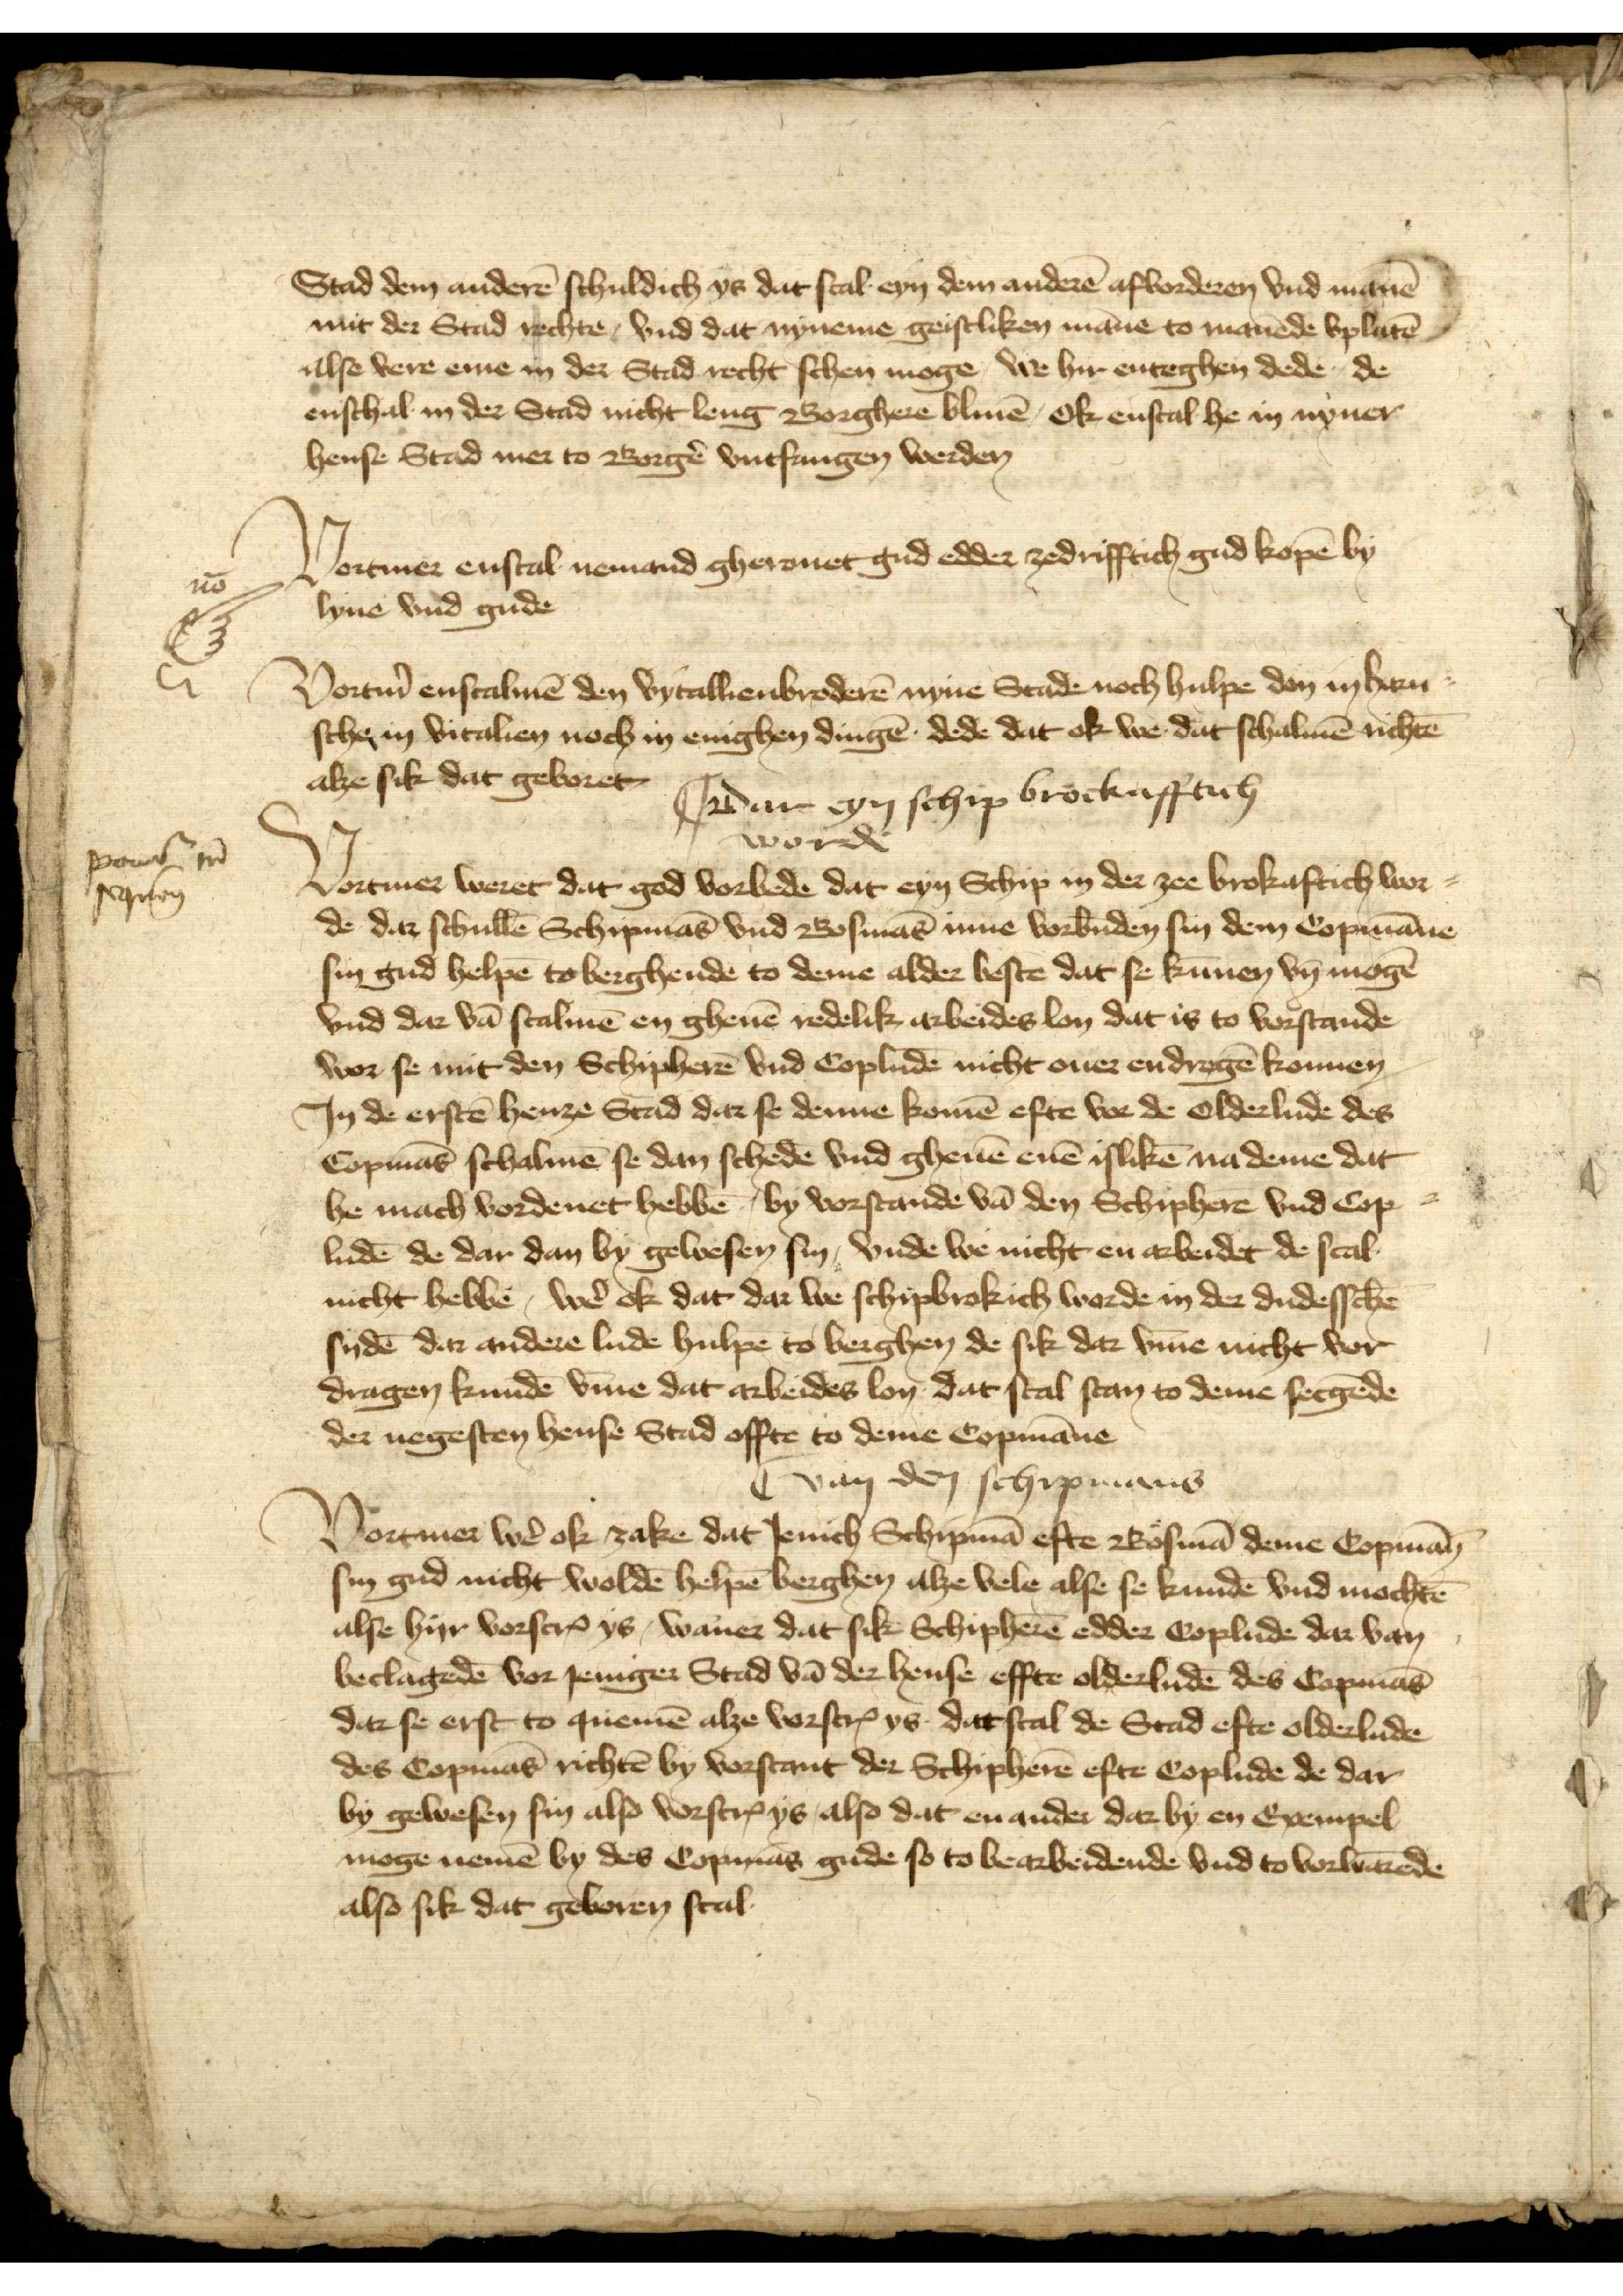
Stad dem anderē schuldich ys dat scal eyn dem anderē afvorderen vnd manē
mit der Stad rechte, vnd dat nyneme gestliken māne to manēde vplatē
alse vere eme in der Stad recht schen mogge, we hir enteghen dede, de
enschal in der Stad nicht leng Borgheren bliuē, Ok enscal he in nyner
hense Stad mer to Borgẻ vntfangen werden

Vortmer enscal nemand gherouet gud edder zedrifftich gud kopē by
lyue vnd gude
hense Stad mer to Borgẻ vntfangen werden

nō

Vortm̉ enscalmē den vytallienbroderē nyne Stade noch hulpe don in harn¬
sche in vitalien noch in enighen dingē dede dat ok we dat schalme richtē
alze sik dat geboret

dar eyn Schip brockafftich
worde

Vortmer weret dat god vorbede dat eyn Schip in der zee brokaftich wor¬
de dar schullē Schipmās vnd Bosmās inne vorbūden sin dem Copmāne
sin gud helpē to berghende to deme alder bestē dat se kūnen vn̄ mogē
vnd dar vā scalmē en gheuē reddelik arbeides lon dat is to vorstande
wor se mit den Schipherē vnd Copludē nicht ouer eendragē konnen
Jn de erstē henze Stad dar se denne komē efte we de olderlude des
Copmās schalmē se dan schedē vnd gheuē enē islikē na deme dat
he mach vordenet hebbē by vorstande vā den Schipherē vnd Cop¬
ludē de dar dan by gewesen sin, vnde we nicht en arbeidet de scal
nicht hebbē, wẻ ok dat dar we schipbrokich worde in der dudesschē
sydē dar andere lude hulpē to berghen de sik dar v̄me nicht vor¬
dragen kundē v̄me dat arbeides lon dat scal stan to deme secgēde
der negesten hense Stad offte to deme Copmāne

poen
schen

van den Schipmans

Vortmer wẻ ok zake dat Jenich Schipmā effte Bosmā deme Copmān
sin gud nicht woldē helpē berghen alze vele alse se kundē vnd mochtē
alse hyr vorscrꝬ ys, waner dat sik Schipherē edder Coplude dar van
beclagedē vor Jeniger Stad vā der hense effte olderludē des Copmās
dar se erst to quemē alze vorscrꝬ ys dat scal de Stad efte olderlude
des Copmās richtē by vorstant der Schipherē efte Coplude de dar
by gewesen sin also vorscrꝬ ys also dat en ander dar by en Exempel
moge nemē by des Copmās gude so to bearbeidende vnd to vorwarēde
also sik dat geboren scal